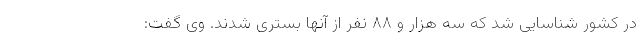
در کشور شناسایی شد که سه هزار و ۸۸ نفر از آنها بستری شدند. وی گفت: